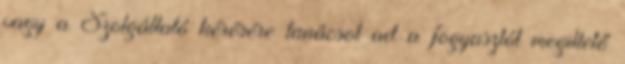
vagy a Szolgáltató kérésére tanácsot ad a fogyasztót megillető